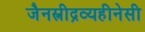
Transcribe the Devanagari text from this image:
जैनस्त्रीद्रव्यहीनेसी